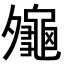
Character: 𪚪